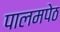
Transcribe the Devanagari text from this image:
पालमपेठ